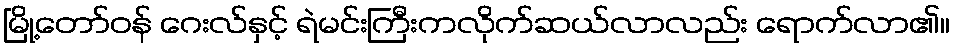
မြို့တော်ဝန် ဂေးလ်နှင့် ရဲမင်းကြီးကလိုက်ဆယ်လာလည်း ရောက်လာ၏။